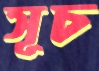
সূচ